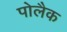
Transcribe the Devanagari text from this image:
पोलैक